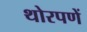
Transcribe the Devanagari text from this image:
थोरपणें